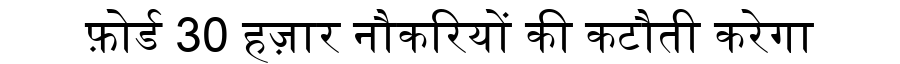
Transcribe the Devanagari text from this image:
फ़ोर्ड 30 हज़ार नौकरियों की कटौती करेगा